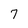
Character: 7